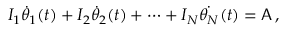
I _ { 1 } \dot { \theta } _ { 1 } ( t ) + I _ { 2 } \dot { \theta } _ { 2 } ( t ) + \cdots + I _ { N } \dot { \theta _ { N } } ( t ) = \mathsf { A } \, ,